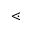
\lessdot